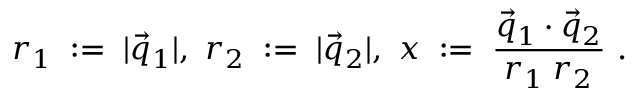
r _ { 1 } \; : = \; | \vec { q } _ { 1 } | , \ r _ { 2 } \; : = \; | \vec { q } _ { 2 } | , \ x \; : = \; \frac { \vec { q } _ { 1 } \cdot \vec { q } _ { 2 } } { r _ { 1 } \; r _ { 2 } } \ .